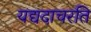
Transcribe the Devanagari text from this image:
यद्यदाचरति